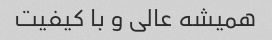
همیشه عالی و با کیفیت